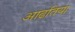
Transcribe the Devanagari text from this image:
आढतिया